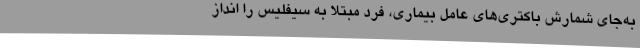
به‌جای شمارش باکتری‌های عامل بیماری، فرد مبتلا به سیفلیس را انداز